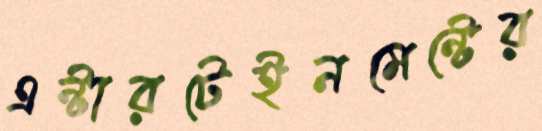
এন্টারটেইনমেন্টের